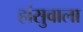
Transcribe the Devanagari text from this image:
हांसुवाला